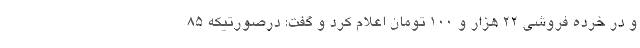
و در خرده فروشی ۲۲ هزار و ۱۰۰ تومان اعلام کرد و گفت: درصورتیکه ۸۵